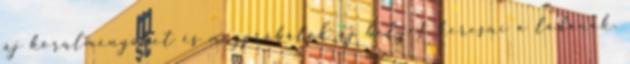
új körülményeket és megpróbálok új helyet keresni a ládának.